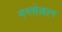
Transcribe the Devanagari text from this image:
मनसेल्लाम